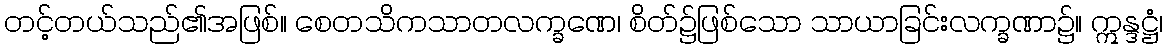
တင့်တယ်သည်၏အဖြစ်။ စေတသိကသာတလက္ခဏေ၊ စိတ်၌ဖြစ်သော သာယာခြင်းလက္ခဏာ၌။ ဣန္ဒဋ္ဌံ၊